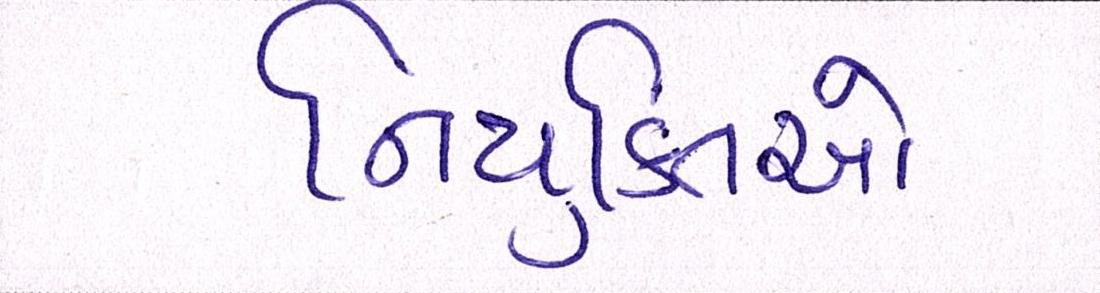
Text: નિયુક્તિઓ